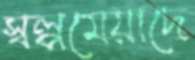
স্বল্পমেয়াদে